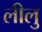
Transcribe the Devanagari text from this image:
लीलु